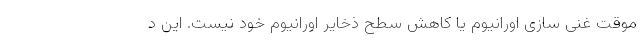
موقت غنی سازی اورانیوم یا کاهش سطح ذخایر اورانیوم خود نیست. این د